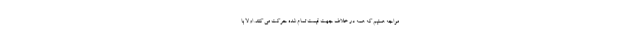
مواجه هستیم که همه در خلاف جهت قیمت تمام شده حرکت می کنند. اولا با